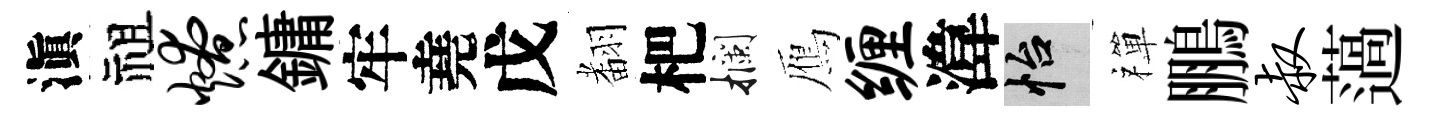
滇祖燎鏞牢堯戊𮋒杷攔鴈缠湋怡禪鵬叔薖